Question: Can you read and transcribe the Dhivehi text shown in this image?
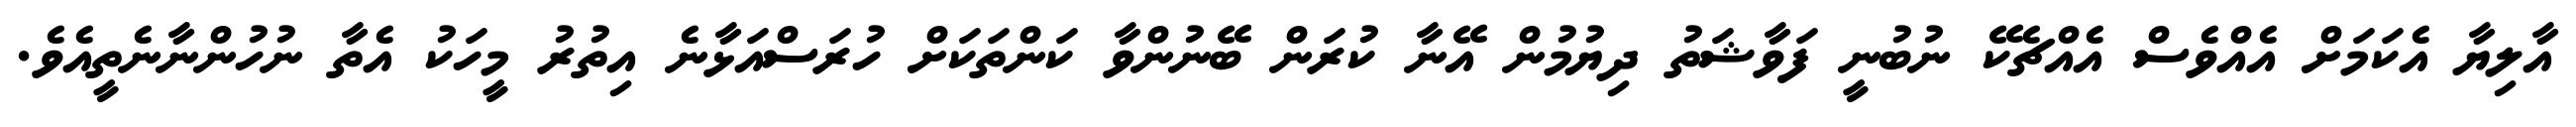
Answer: އާލިޔާ އެކަމަށް އެއްވެސް އެއްޗެކޭ ނުބުނީ ފަވާޝަތު ދިޔުމުން އޭނާ ކުރަން ބޭނުންވާ ކަންތަކަށް ހުރަސްއަޅާނެ އިތުރު މީހަކު އެތާ ނުހުންނާނެތީއެވެ.